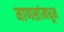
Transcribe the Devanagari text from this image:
माणसांमधून